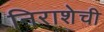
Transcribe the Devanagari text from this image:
निराशेची